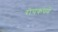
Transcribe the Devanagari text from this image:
रोचकपणे